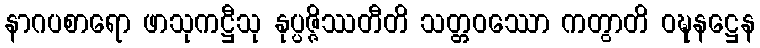
နာဂပစာရော ဖာသုကဋ္ဌီသု နုပ္ပဇ္ဇိဿတီတိ သတ္တဝဿော ကတွာတိ ဝဍ္ဎနဋ္ဌေန